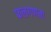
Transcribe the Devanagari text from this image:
फलगणना